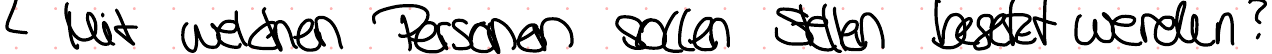
Mit welchen Personen sollen Stellen besetzt werden?